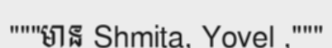
"""មាន Shmita, Yovel ,"""